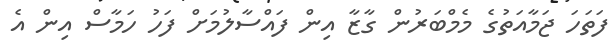
ފަތަހަ ޖަމާއަތުގެ މެމްބަރުން ގާޒާ އިން ފައްސާލުމަށް ފަހު ހަމާސް އިން އެ